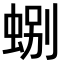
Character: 𫊽